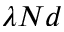
\lambda N d